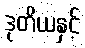
ဒုတိယနှင့်